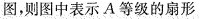
图，则图中表示A等级的扇形